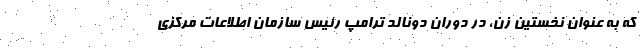
که به عنوان نخستین زن، در دوران دونالد ترامپ رئیس سازمان اطلاعات مرکزی